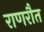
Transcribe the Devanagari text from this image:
राणरौत